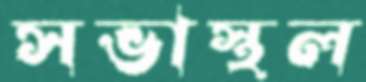
সভাস্থল